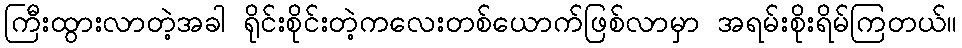
ကြီးထွားလာတဲ့အခါ ရိုင်းစိုင်းတဲ့ကလေးတစ်ယောက်ဖြစ်လာမှာ အရမ်းစိုးရိမ်ကြတယ်။